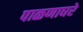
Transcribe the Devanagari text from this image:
पाळणाघरे